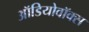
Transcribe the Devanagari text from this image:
ऑडियोवॉक्स